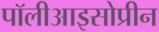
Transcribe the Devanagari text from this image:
पॉलीआइसोप्रीन